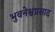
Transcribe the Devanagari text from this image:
भुवनेश्वप्रसाद